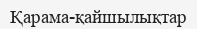
Қарама-қайшылықтар